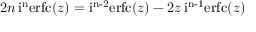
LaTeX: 2 n \operatorname { i ^ { n } e r f c } ( z ) = \operatorname { i ^ { n - 2 } e r f c } ( z ) - 2 z \operatorname { i ^ { n - 1 } e r f c } ( z )